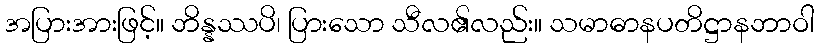
အပြားအားဖြင့်။ ဘိန္နဿပိ၊ ပြားသော သီလ၏လည်း။ သမာဓာနပတိဋ္ဌာနဘာဝါ